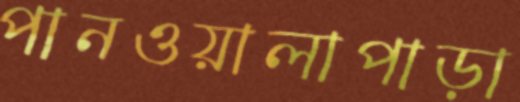
পানওয়ালাপাড়া